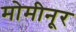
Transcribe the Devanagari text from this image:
मोमीनूर